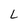
Character: L